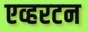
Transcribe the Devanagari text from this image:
एव्हरटन